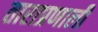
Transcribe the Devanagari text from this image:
ताराप्रणाली